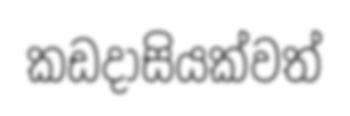
කඩදාසියක්වත්